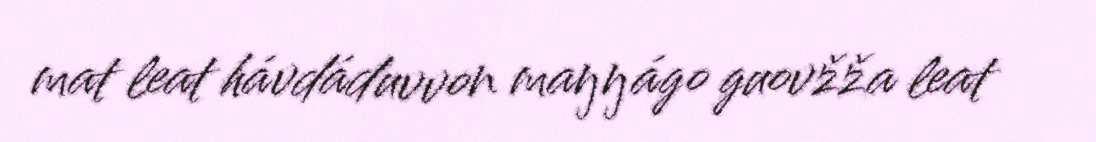
mat leat hávdáduvvon maŋŋágo guovžža leat